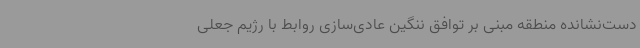
دست‌نشانده منطقه مبنی بر توافق ننگین عادی‌سازی روابط با رژیم جعلی